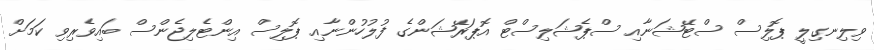
ވިލިނގިލީ ޕޮލިސް ސްޓޭޝަނާއި ސްޕެޝަލިސްޓް އޮޕަރޭޝަންގެ ފުލުހުންނާއި ޕޮލިސް އިންޓެލިޖެންސް ބައިވެރިވި ކަމަށް